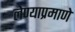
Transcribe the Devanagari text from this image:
लेण्याप्रमाणे